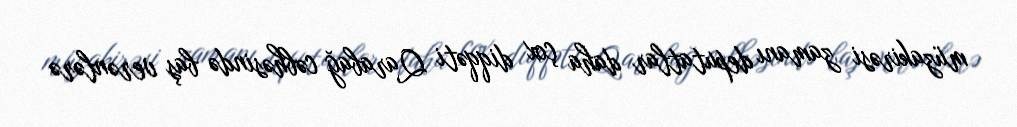
müzakirəsi zamanı deputatlar daha çox diqqəti Qarabağ cəbhəsində baş verənlərə